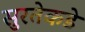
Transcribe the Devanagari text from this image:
सुरतेकडे